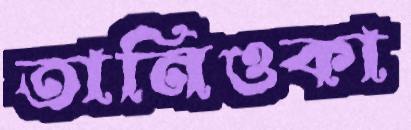
তানিওকা